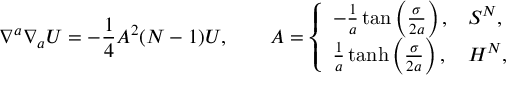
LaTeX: \nabla ^ { a } \nabla _ { a } U = - \frac { 1 } { 4 } A ^ { 2 } ( N - 1 ) U , \qquad A = \left\{ \begin{array} { l l } { { - \frac { 1 } { a } \tan \left( \frac { \sigma } { 2 a } \right) , } } & { { S ^ { N } , } } \\ { { \frac { 1 } { a } \operatorname { t a n h } \left( \frac { \sigma } { 2 a } \right) , } } & { { H ^ { N } , } } \end{array} \right.